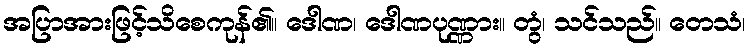
အပြာအားဖြင့်သိစေကုန်၏။ ဒေါဏ၊ ဒေါဏပုဏ္ဏား။ တွံ၊ သင်သည်။ တေသံ၊